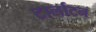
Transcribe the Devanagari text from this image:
टार्लाटन